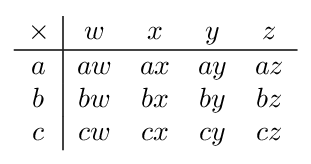
{\begin{array}{c|cccc}\times &w&x&y&z\\\hline a&aw&ax&ay&az\\b&bw&bx&by&bz\\c&cw&cx&cy&cz\end{array}}